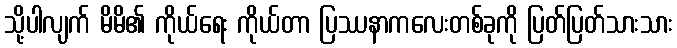
သို့ပါလျက် မိမိ၏ ကိုယ်ရေး ကိုယ်တာ ပြဿနာကလေးတစ်ခုကို ပြတ်ပြတ်သားသား